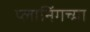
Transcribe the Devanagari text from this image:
प्लानिंगच्या